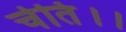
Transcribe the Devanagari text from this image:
चेति।।